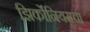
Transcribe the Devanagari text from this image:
झिर्कोनियमचा